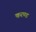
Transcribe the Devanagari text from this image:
करण्ड